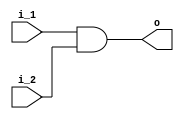
`timescale 1ns / 1ps


module and_gate(i_1,i_2,o);
    
    input wire i_1;
    input wire i_2;
    
    output wire o;
    
    assign o = i_1 & i_2;
    
endmodule